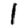
Digit: 1